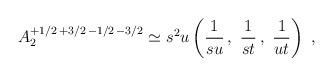
LaTeX: \begin{align*}A_2^{+1/2\,+3/2\,-1/2\,-3/2} \simeq s^2u \left(\frac{1}{su}\,,\ \frac{1}{st}\,,\ \frac{1}{ut}\right)\ ,\end{align*}